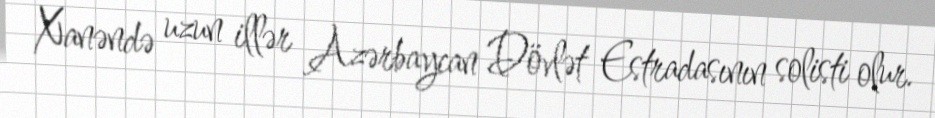
Xanəndə uzun illər Azərbaycan Dövlət Estradasının solisti olur.